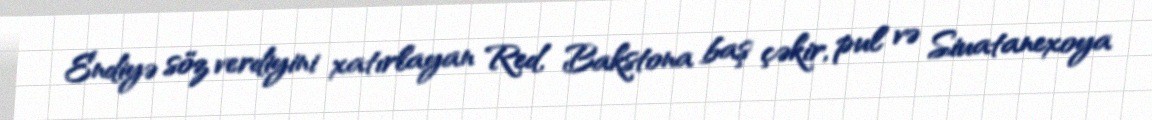
Endiyə söz verdiyini xatırlayan Red, Bakstona baş çəkir, pul və Siuatanexoya